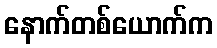
နောက်တစ်ယောက်က